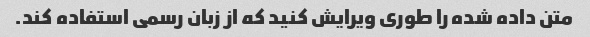
متن داده شده را طوری ویرایش کنید که از زبان رسمی استفاده کند.